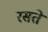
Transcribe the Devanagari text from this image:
रसते